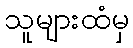
သူများထံမှ